Dysentery in Hazaribagh Central Jail - Number 52
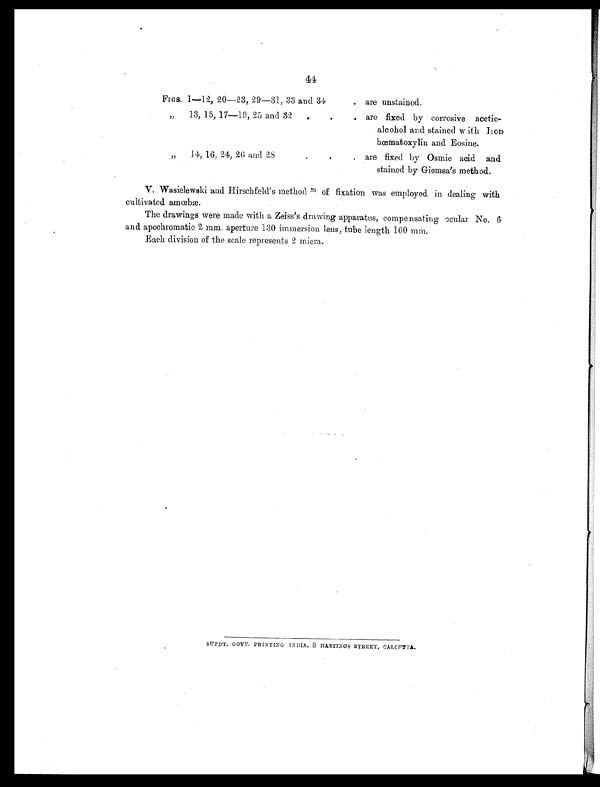
44
FIGS. 1-12, 20-23, 29-31, 33 and 34
. are unstained.
,,
13, 15, 17-19, 25 and 32
are fixed by corrosive acetic-
alcohol and stained w ith Iron
hœmatoxylin and Eosine.
„
14, 16, 24, 26 and 28.
.
.
are fixed by Osmic acid and
stained by Giemsa's method.
V. Wasielewski and Hirschfeld's method 26 of fixation was employed in dealing with
cultivated amœbæ.
The drawings were made with a Zeiss's drawing apparatus, compensating ocular No. 6.
and apochromatic 2 mm. aperture 130 immersion lens, tube length 160 mm.
Each division of the scale represents 2 micra.
SUPDT. GOVT. PRINTING . INDIA. 8 HASTINGS STREET, CALCUTTA.